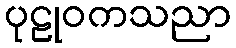
ပုဠုဝကသညာ